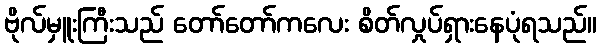
ဗိုလ်မှူးကြီးသည် တော်တော်ကလေး စိတ်လှုပ်ရှားနေပုံရသည်။